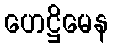
ဟေဋ္ဌိမေန